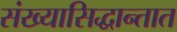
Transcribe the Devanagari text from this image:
संख्यासिद्धान्तात